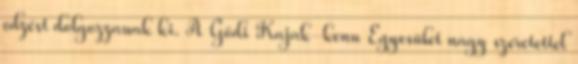
edzést dolgozzanak ki. A Gödi Kajak-kenu Egyesület nagy szeretettel